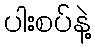
ပါးစပ်နဲ့